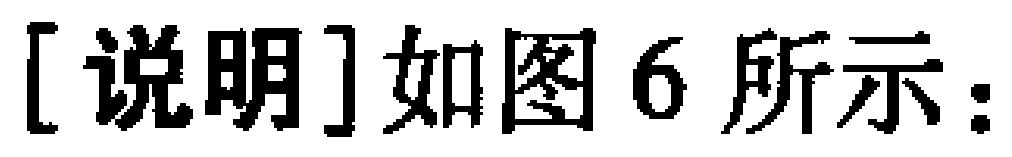
[说明]如图6所示：